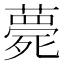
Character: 薨